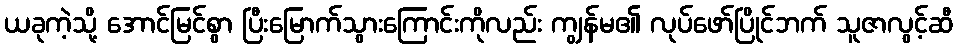
ယခုကဲ့သို့ အောင်မြင်စွာ ပြီးမြောက်သွားကြောင်းကိုလည်း ကျွန်မ၏ လုပ်ဖော်ပြိုင်ဘက် သူဇာလွင့်ဆီ